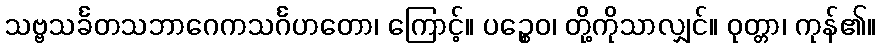
သဗ္ဗသင်္ခတသဘာဂေကသင်္ဂဟတော၊ ကြောင့်။ ပဉ္စေဝ၊ တို့ကိုသာလျှင်။ ဝုတ္တာ၊ ကုန်၏။